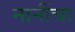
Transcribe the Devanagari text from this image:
नानींचा